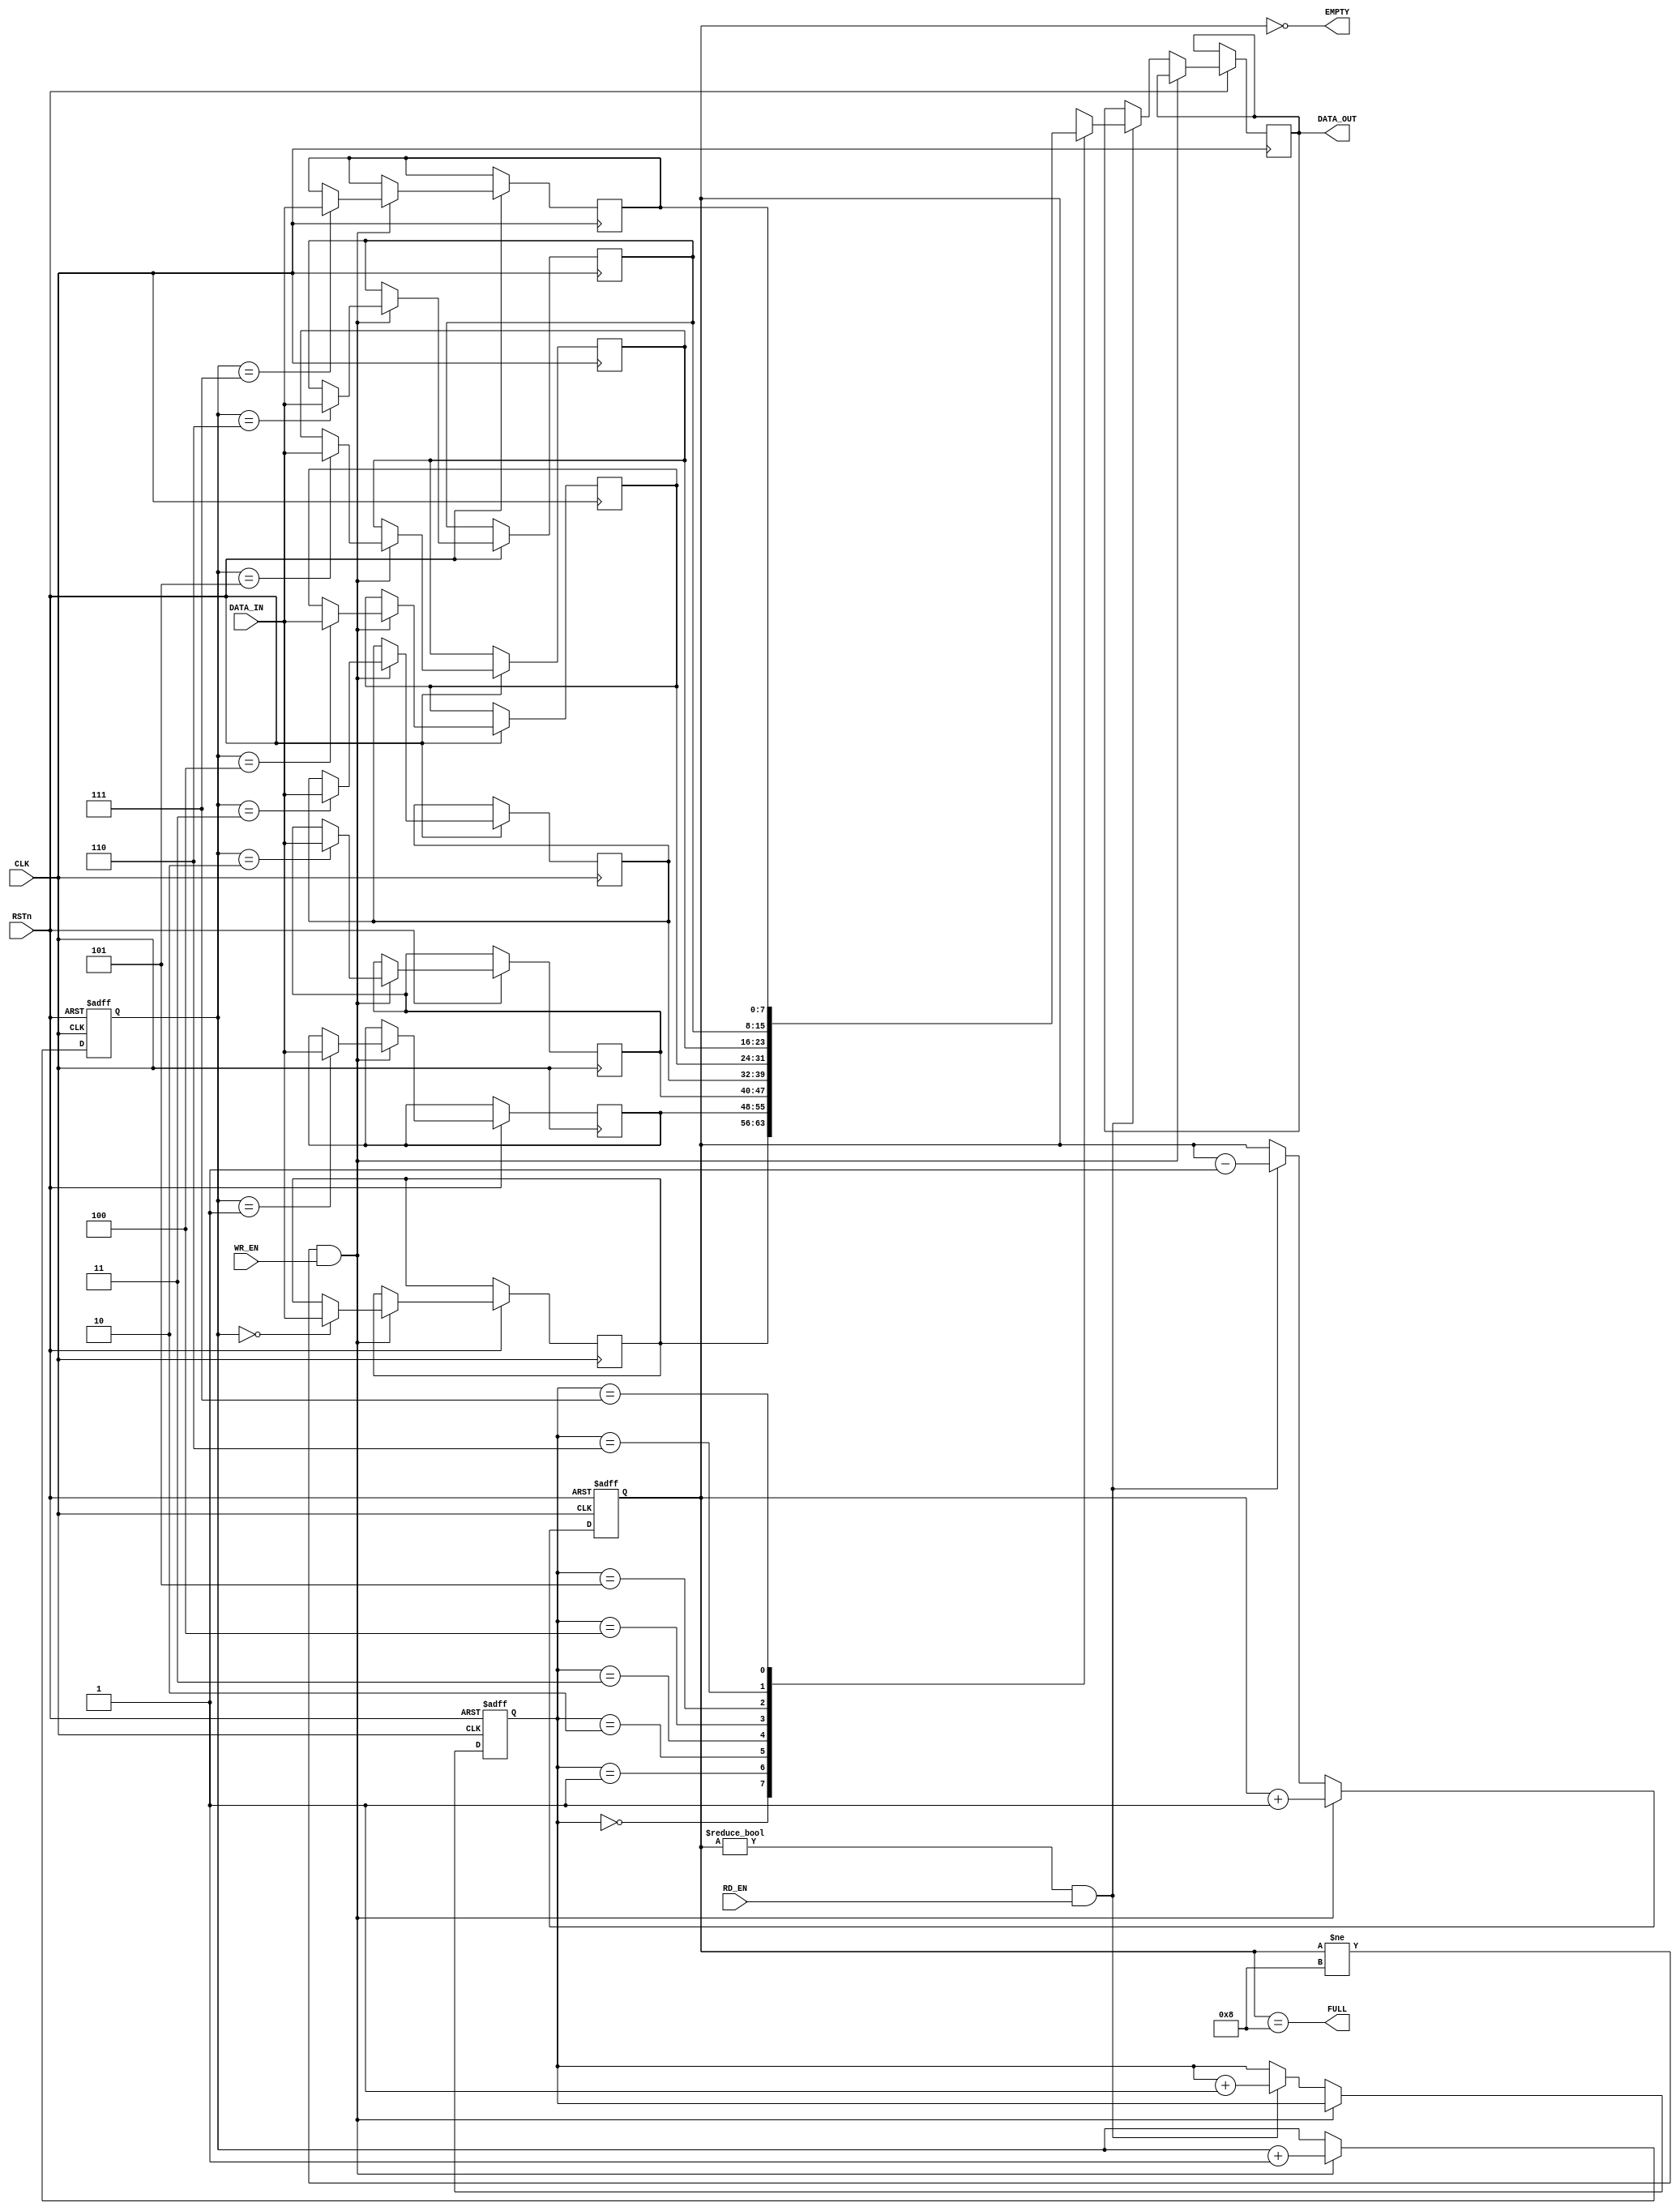
`timescale 1ns / 1ps
module syn_fifo_v1_Nb #( parameter BUS_WIDTH = 8, FIFO_DEPTH = 8 )  (
                                                                        input RSTn,
                                                                        input CLK,
                                                                        input [BUS_WIDTH-1:0] DATA_IN,
                                                                        input WR_EN,
                                                                        input RD_EN,
                                                                        output FULL,
                                                                        output EMPTY,
                                                                        output reg [BUS_WIDTH-1:0] DATA_OUT
                                                                    );

    localparam COUNTER_WIDTH = $clog2( FIFO_DEPTH ) + ( 2**$clog2( FIFO_DEPTH ) > FIFO_DEPTH );

    reg [BUS_WIDTH-1:0] MEM [FIFO_DEPTH-1:0];
    reg [COUNTER_WIDTH:0] count;
    reg [COUNTER_WIDTH-1:0] wr_count, rd_count;

    integer i = 0;

    always@( posedge CLK or negedge RSTn )
    begin
        count <= count;
        wr_count <= wr_count;
        rd_count <= rd_count;
        DATA_OUT <= DATA_OUT;

        for( i = 0; i < 2**COUNTER_WIDTH; i = i + 1 )
        begin
            //MEM[i] <= MEM[i];
        end

        if( !RSTn )
        begin
            count <= 0;
            wr_count <= 0;
            rd_count <= 0;
        end
        else
        begin
            // Write first priority
            if( count != FIFO_DEPTH && WR_EN )
            begin
                count <= count + 1'b1;
                wr_count <= wr_count + 1'b1;
                MEM[wr_count] <= DATA_IN;
            end
            else if( count != 0 && RD_EN )
            begin
                count <= count - 1'b1;
                rd_count <= rd_count + 1'b1;
                DATA_OUT <= MEM[rd_count];
            end
        end
    end

    assign FULL = ( count == FIFO_DEPTH );
    assign EMPTY = ( count == 0 );

endmodule